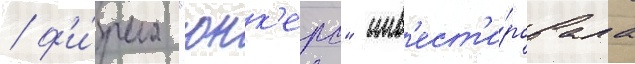
/ ф'и́рма "юнк'ерс" инв'ест'и́ровала